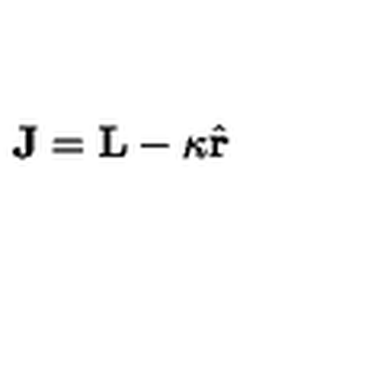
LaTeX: \mathbf { J } = \mathbf { L } - \kappa \hat { \mathbf { r } }